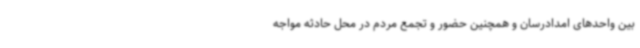
بین واحدهای امدادرسان و همچنین حضور و تجمع مردم در محل حادثه مواجه